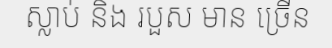
ស្លាប់ និង របួស មាន ច្រើន